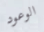
الوعود